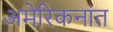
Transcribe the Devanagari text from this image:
अमेरिकनांत